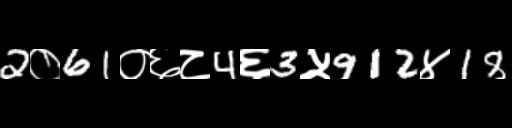
Text: 2०61०६८4६3५912४18